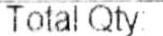
TOTAL QTY: